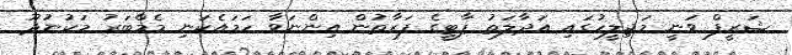
ޝަރީފް ވަނީ މަޖިލީހުގައި އަދާލަތު ޕާޓީގެ ފަރާތުން އިންނަވާ ހަމައެކަނި މެމްބަރު މަކުނުދޫ